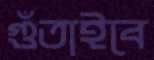
গুঁতাইবে